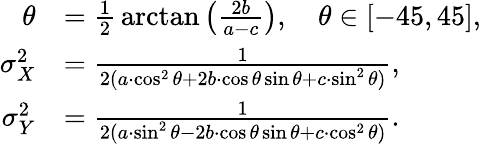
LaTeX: {\begin{array}{rl}{\theta}&{={\frac{1}{2}}\arctan\left({\frac{2b}{a-c}}\right),\quad\theta\in[-45,45],}\\ {\sigma_{X}^{2}}&{={\frac{1}{2(a\cdot\cos^{2}\theta+2b\cdot\cos\theta\sin\theta+c\cdot\sin^{2}\theta)}},}\\ {\sigma_{Y}^{2}}&{={\frac{1}{2(a\cdot\sin^{2}\theta-2b\cdot\cos\theta\sin\theta+c\cdot\cos^{2}\theta)}}.}\end{array}}